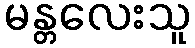
မန္တလေးသူ